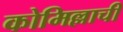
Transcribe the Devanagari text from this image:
कोमिल्लाची